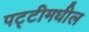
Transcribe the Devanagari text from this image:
पट्टीमधील